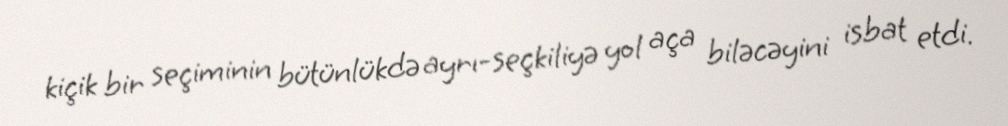
kiçik bir seçiminin bütünlükdə ayrı-seçkiliyə yol aça biləcəyini isbat etdi.